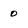
Character: 0